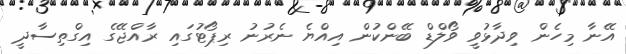
އޭނާ މިހެން ވިދާޅުވީ ވޯލްޑް ބޭންކުން އިއްޔެ ނެރުނު ރިޕޯޓުގައި ރާއްޖޭގެ އިގްތިސާދީ